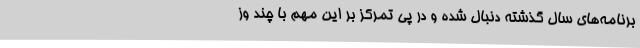
برنامه‌های سال گذشته دنبال شده و در پی تمرکز بر این مهم با چند وز